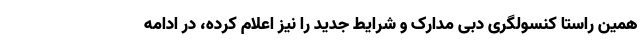
همین راستا کنسولگری دبی مدارک و شرایط جدید را نیز اعلام کرده، در ادامه